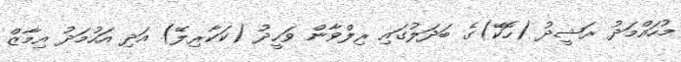
މުހައްމަދު ރަޝީދު (ހޮކޭ)ގެ ބަދަލުގައި ރިލްވާން ވަހީދު (ކަކާރިލޭ) އަދި އަހުމަދު އިމާޒް